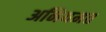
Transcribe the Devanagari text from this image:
अनियमत